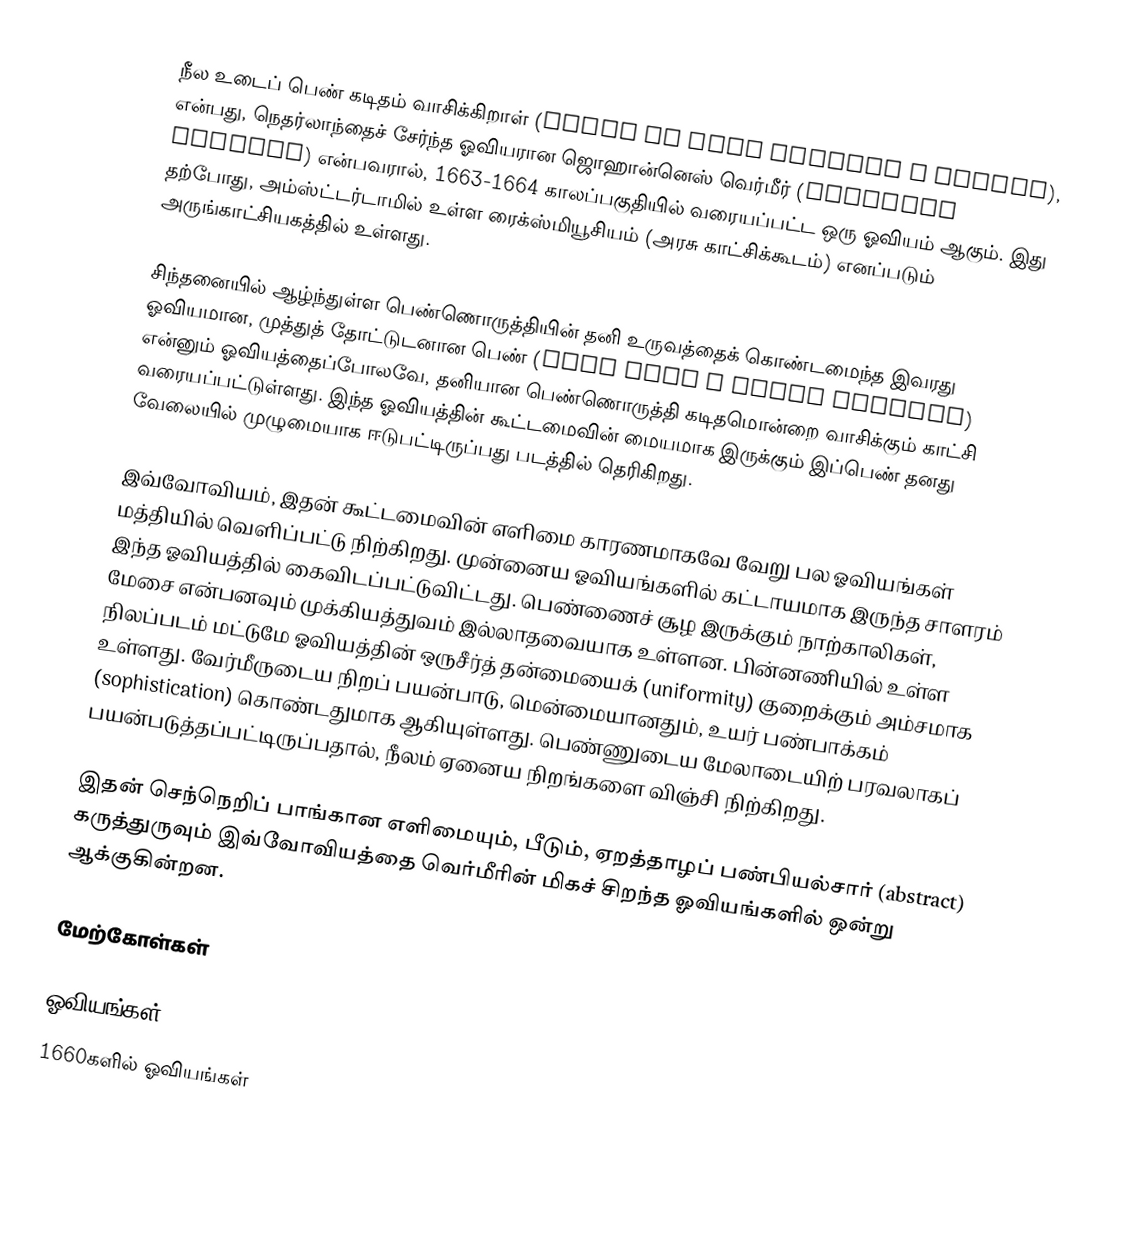
நீல உடைப் பெண் கடிதம் வாசிக்கிறாள் (Woman in Blue Reading a Letter), என்பது, நெதர்லாந்தைச் சேர்ந்த ஓவியரான ஜொஹான்னெஸ் வெர்மீர் (Johannes Vermeer) என்பவரால், 1663-1664 காலப்பகுதியில் வரையப்பட்ட ஒரு ஓவியம் ஆகும். இது தற்போது, அம்ஸ்ட்டர்டாமில் உள்ள ரைக்ஸ்மியூசியம் (அரசு காட்சிக்கூடம்) எனப்படும் அருங்காட்சியகத்தில் உள்ளது.

சிந்தனையில் ஆழ்ந்துள்ள பெண்ணொருத்தியின் தனி உருவத்தைக் கொண்டமைந்த இவரது ஓவியமான, முத்துத் தோட்டுடனான பெண் (Girl with a Pearl Earring) என்னும் ஓவியத்தைப்போலவே, தனியான பெண்ணொருத்தி கடிதமொன்றை வாசிக்கும் காட்சி வரையப்பட்டுள்ளது. இந்த ஓவியத்தின் கூட்டமைவின் மையமாக இருக்கும் இப்பெண் தனது வேலையில் முழுமையாக ஈடுபட்டிருப்பது படத்தில் தெரிகிறது.

இவ்வோவியம், இதன் கூட்டமைவின் எளிமை காரணமாகவே வேறு பல ஓவியங்கள் மத்தியில் வெளிப்பட்டு நிற்கிறது. முன்னைய ஓவியங்களில் கட்டாயமாக இருந்த சாளரம் இந்த ஓவியத்தில் கைவிடப்பட்டுவிட்டது. பெண்ணைச் சூழ இருக்கும் நாற்காலிகள், மேசை என்பனவும் முக்கியத்துவம் இல்லாதவையாக உள்ளன.  பின்னணியில் உள்ள நிலப்படம் மட்டுமே ஓவியத்தின் ஒருசீர்த் தன்மையைக் (uniformity) குறைக்கும் அம்சமாக உள்ளது. வேர்மீருடைய நிறப் பயன்பாடு, மென்மையானதும், உயர் பண்பாக்கம் (sophistication) கொண்டதுமாக ஆகியுள்ளது. பெண்ணுடைய மேலாடையிற் பரவலாகப் பயன்படுத்தப்பட்டிருப்பதால், நீலம் ஏனைய நிறங்களை விஞ்சி நிற்கிறது.

இதன் செந்நெறிப் பாங்கான எளிமையும், பீடும், ஏறத்தாழப் பண்பியல்சார் (abstract) கருத்துருவும் இவ்வோவியத்தை வெர்மீரின் மிகச் சிறந்த ஓவியங்களில் ஒன்று ஆக்குகின்றன.

மேற்கோள்கள்

ஓவியங்கள்
1660களில் ஓவியங்கள்